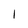
Character: I